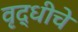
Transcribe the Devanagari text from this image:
वृद्धीचे